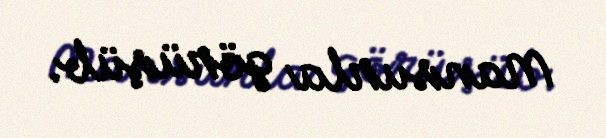
Mansurla görüşüb.